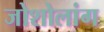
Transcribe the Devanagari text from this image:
जोशोलांग